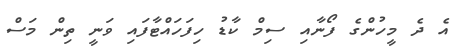
އެ ދެ މީހުންގެ ފޯނާއި ސިމް ކާޑު ހިފަހައްޓާފައި ވަނީ ތިން މަސް